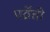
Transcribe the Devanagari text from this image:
पर्व्रेती